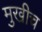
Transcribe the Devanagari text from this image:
मुखीच